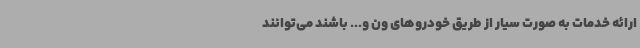
ارائه خدمات به صورت سیار از طریق خودروهای ون و... باشند می‌توانند